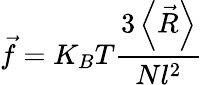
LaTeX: {\vec{f}}=K_{B}T{\frac{3\left\langle{\vec{R}}\right\rangle}{Nl^{2}}}